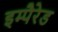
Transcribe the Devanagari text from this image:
इम्पैरेड